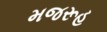
મજરૂહ